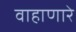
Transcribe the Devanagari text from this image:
वाहाणारे